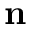
\mathbf { n }